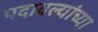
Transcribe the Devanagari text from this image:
पदावल्यांच्या